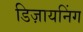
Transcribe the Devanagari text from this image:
डिज़ायनिंग